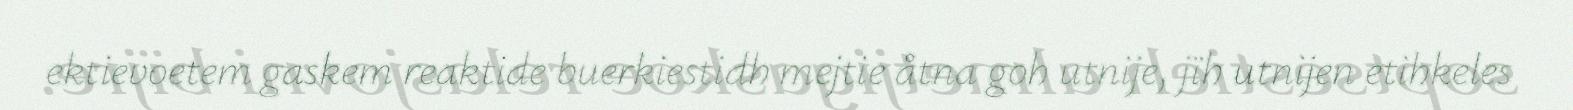
ektievoetem gaskem reaktide buerkiestidh mejtie åtna goh utnije, jïh utnijen etihkeles